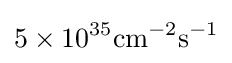
\mathrm {5\times 10^{35}cm^{-2}s^{-1}}